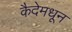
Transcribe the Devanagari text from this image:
कैदेमधून